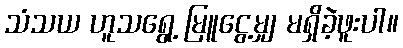
သံသယ ဟူသရွေ့ မြူငွေ့မျှ မရှိခဲ့ဖူးပါ။